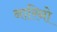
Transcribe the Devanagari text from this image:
नारिनो